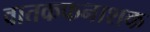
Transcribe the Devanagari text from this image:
वातकफनाशक